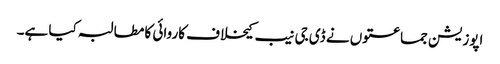
اپوزیشن جماعتوں نے ڈی جی نیب کیخلاف کاروائی کا مطالبہ کیا ہے۔